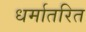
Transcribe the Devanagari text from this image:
धर्मातरित